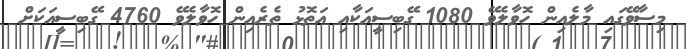
މިސާވޭގައި މާލެއިން ހޮވާލެވޭ 1080 ގޭބިސީއަކާއި އަތޮޅު ތެރެއިން ހޮވާލެވޭ 4760 ގޭބިސީއަކަށް